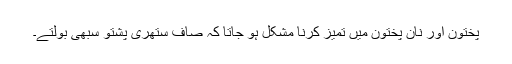
پختون اور نان پختون میں تمیز کرنا مشکل ہو جاتا کہ صاف ستھری پشتو سبھی بولتے۔